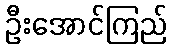
ဦးအောင်ကြည်